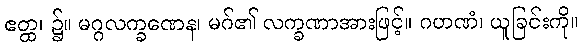
ဧတ္ထ၊ ၌။ မဂ္ဂလက္ခဏေန၊ မဂ်၏ လက္ခဏာအားဖြင့်။ ဂဟဏံ၊ ယူခြင်းကို။